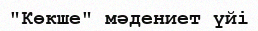
"Көкше" мәдениет үйі